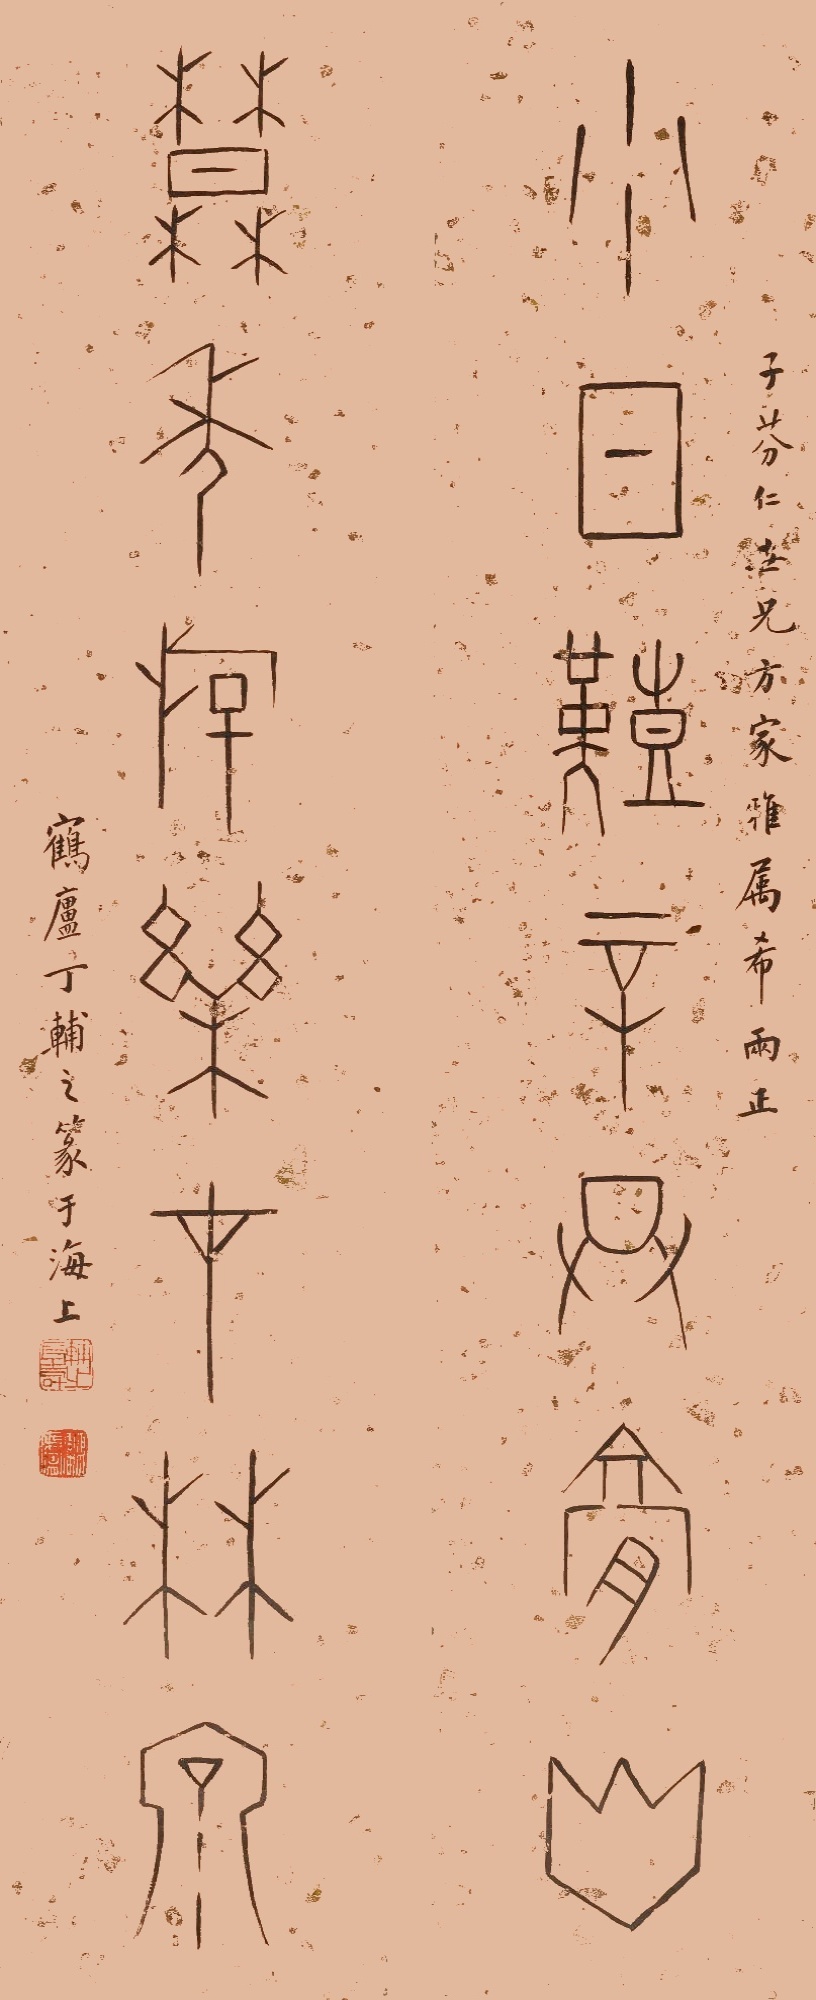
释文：少日艰辛共膏火，暮年游乐在林泉。子芬仁世兄方家雅属希两正，鹤庐丁辅之篆于海上。